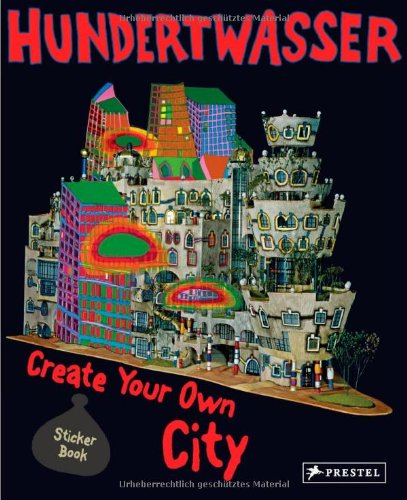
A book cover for Hundertwasser: Create Your Own City; Children's Books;